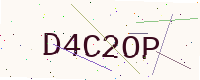
Text: D4C2OP